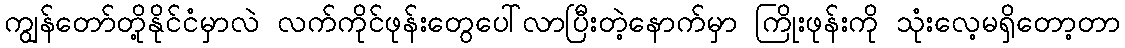
ကျွန်တော်တို့နိုင်ငံမှာလဲ လက်ကိုင်ဖုန်းတွေပေါ်လာပြီးတဲ့နောက်မှာ ကြိုးဖုန်းကို သုံးလေ့မရှိတော့တာ